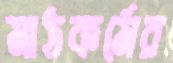
মাঠকর্মের